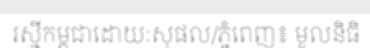
រស្មីកម្ពុជាដោយៈសុផល/ភ្នំពេញ៖ មូលនិធិ